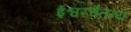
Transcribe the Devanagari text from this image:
ईश्वरचैतन्य